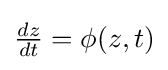
{\tfrac {dz}{dt}}=\phi (z,t)